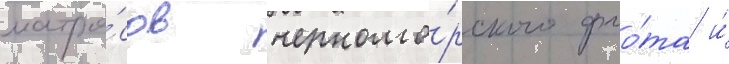
матро́сов черномо́рского фло́та и́